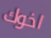
اخوك